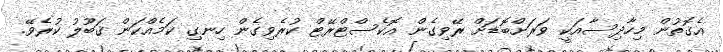
އެގޮތުން މިހާދިސާއަކީ ވަރަށްބޮޑަށް ރޭވިގެން އޮކެސްޓްރޭޓް ކުރެވިގެން ހިނގި ކަމެއްކަން ޤަބޫލު ކުރެވޭ.